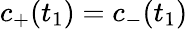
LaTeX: c_{+}(t_{1})=c_{-}(t_{1})